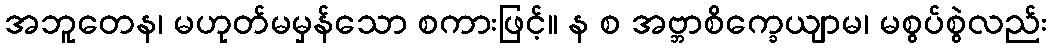
အဘူတေန၊ မဟုတ်မမှန်သော စကားဖြင့်။ န စ အဗ္ဘာစိက္ခေယျာမ၊ မစွပ်စွဲလည်း